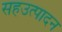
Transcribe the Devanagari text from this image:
सहउत्पादन